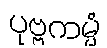
ပုဗ္ဗကမ္မံ